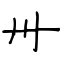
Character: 卅